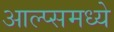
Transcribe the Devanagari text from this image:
आल्प्समध्ये